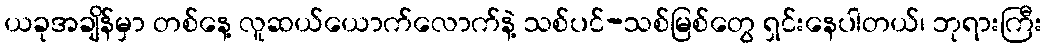
ယခုအချိန်မှာ တစ်နေ့ လူဆယ်ယောက်လောက်နဲ့ သစ်ပင်-သစ်မြစ်တွေ ရှင်းနေပါတယ်၊ ဘုရားကြီး